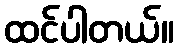
ထင်ပါတယ်။